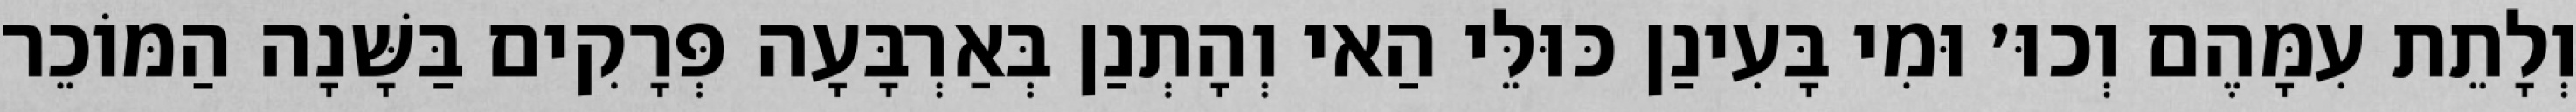
וְלָתֵת עִמָּהֶם וְכוּ׳ וּמִי בָּעִינַן כּוּלֵּי הַאי וְהָתְנַן בְּאַרְבָּעָה פְּרָקִים בַּשָּׁנָה הַמּוֹכֵר